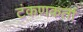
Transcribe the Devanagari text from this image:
टंकणकर्ता